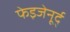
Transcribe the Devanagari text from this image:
फेइजेनूर्द्